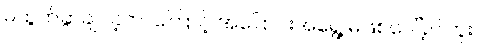
မထွက်ခွာချင်ခဲ့တာကြောင့် အပြောင်းအရွေ့ မဖြစ်ပေါ်ခဲ့ပါဘူး။